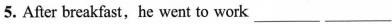
5. After breakfast, he went to work___ ___